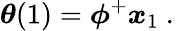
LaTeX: \boldsymbol{\theta}(1)=\boldsymbol{\phi}^{+}\boldsymbol{x}_{1}\mathrm{~.~}